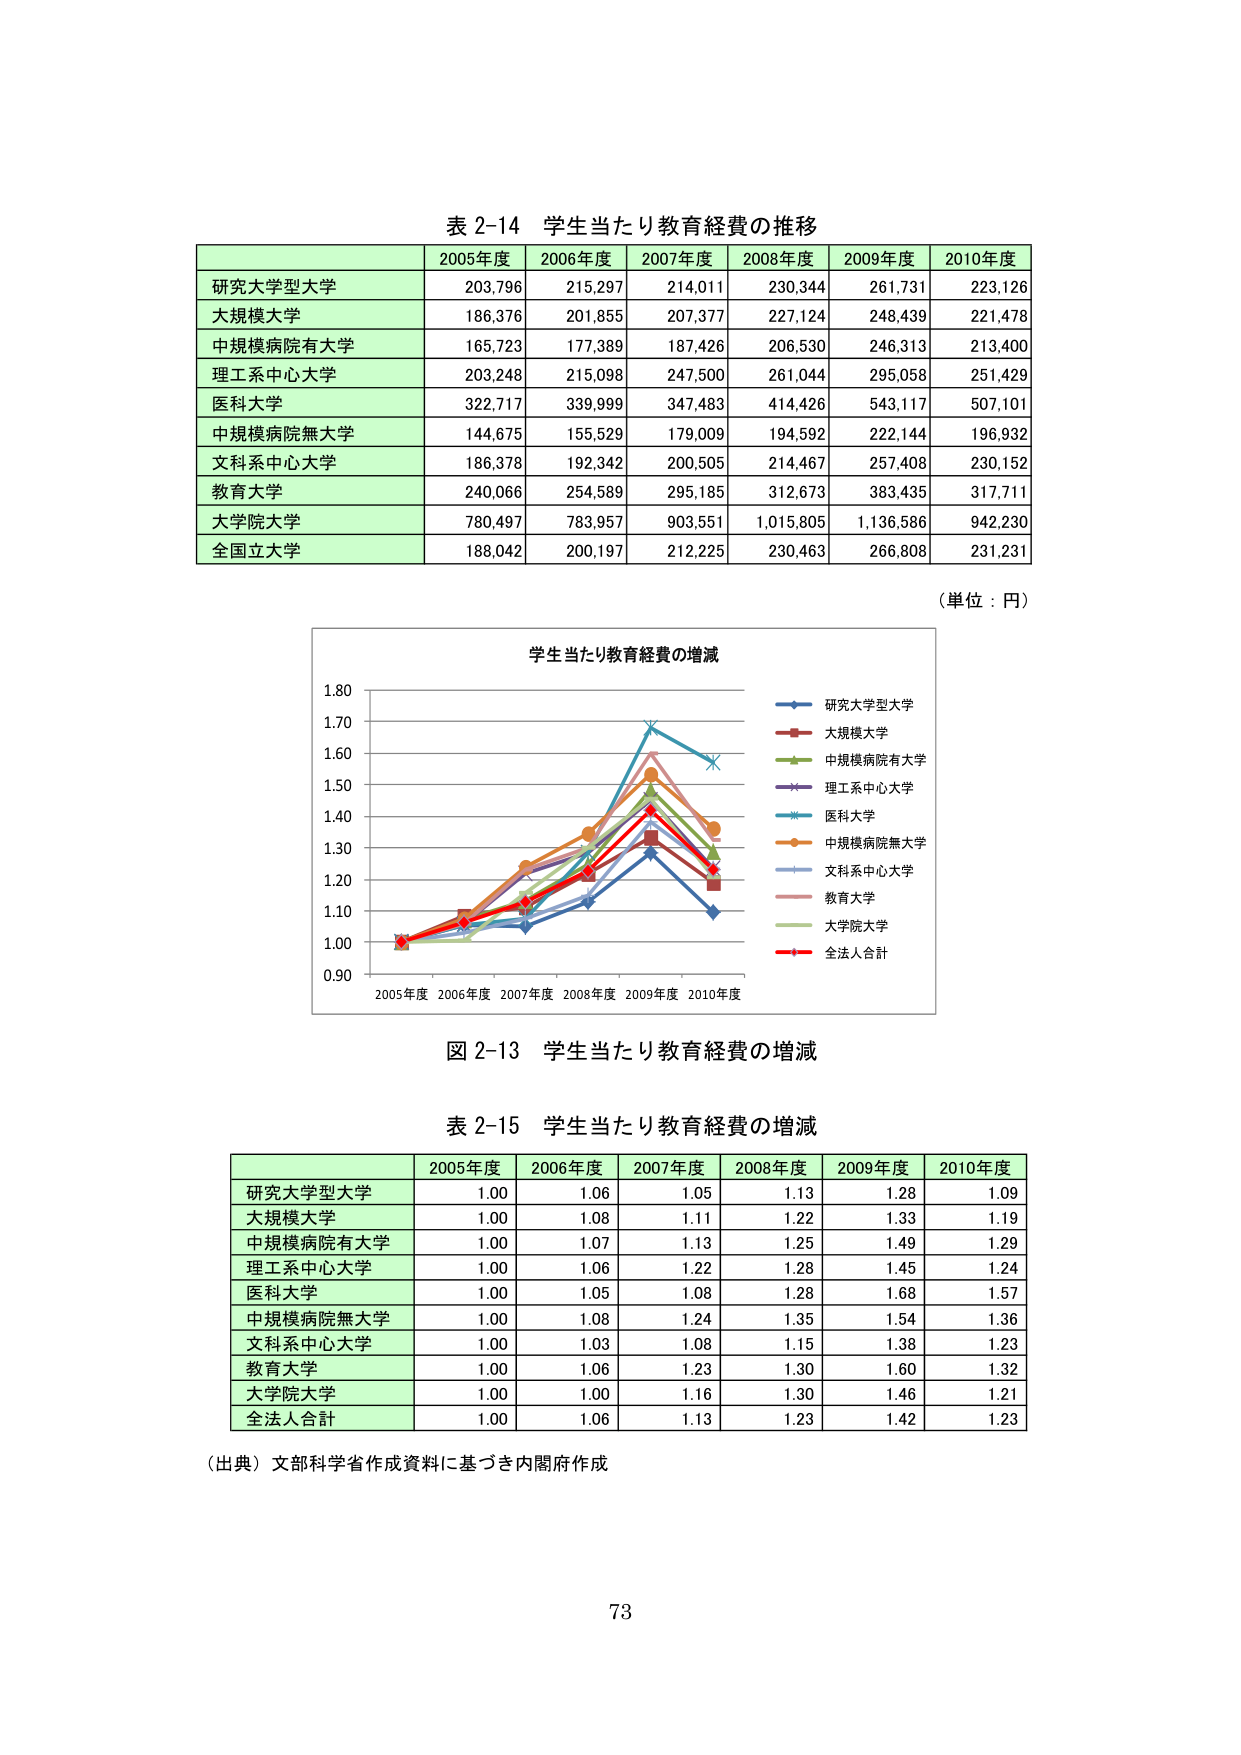
表 2-14 学生当たり教育経費の推移

2005年度 2006年度 2007年度 2008年度 2009年度 2010年度
研究大学型大学 203,796 215,297 214,011 230,344 261,731 223,126
大規模大学 186,376 201,855 207,377 227,124 248,439 221,478
中規模病院有大学 165,723 177,389 187,426 206,530 246,313 213,400
理工系中心大学 203,248 215,098 247,500 261,044 295,058 251,429
医科大学 322,717 339,999 347,483 414,426 543,117 507,101
中規模病院無大学 144,675 155,529 179,009 194,592 222,144 196,932
文科系中心大学 186,378 192,342 200,505 214,467 257,408 230,152
教育大学 240,066 254,589 295,185 312,673 383,435 317,711
大学院大学 780,497 783,957 903,551 1,015,805 1,136,586 942,230
全国立大学 188,042 200,197 212,225 230,463 266,808 231,231

（単位：円）

学生当たり教育経費の増減
2005年度 2006年度 2007年度 2008年度 2009年度 2010年度
研究大学型大学
大規模大学
中規模病院有大学
理工系中心大学
医科大学
中規模病院無大学
文科系中心大学
教育大学
大学院大学
全法人合計

図 2-13 学生当たり教育経費の増減

表 2-15 学生当たり教育経費の増減

2005年度 2006年度 2007年度 2008年度 2009年度 2010年度
研究大学型大学 1.00 1.06 1.05 1.13 1.28 1.09
大規模大学 1.00 1.08 1.11 1.22 1.33 1.19
中規模病院有大学 1.00 1.07 1.13 1.25 1.49 1.29
理工系中心大学 1.00 1.06 1.22 1.28 1.45 1.24
医科大学 1.00 1.05 1.08 1.28 1.68 1.57
中規模病院無大学 1.00 1.08 1.24 1.35 1.54 1.36
文科系中心大学 1.00 1.03 1.08 1.15 1.38 1.23
教育大学 1.00 1.06 1.23 1.30 1.60 1.32
大学院大学 1.00 1.00 1.16 1.30 1.46 1.21
全法人合計 1.00 1.06 1.13 1.23 1.42 1.23

（出典）文部科学省作成資料に基づき内閣府作成

73